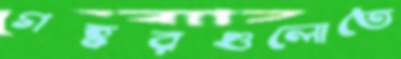
গহ্বরগুলোতে